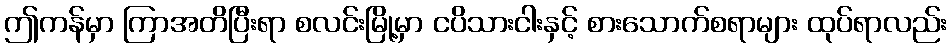
ဤကန်မှာ ကြာအတိပြီးရာ စလင်းမြို့မှာ ငပိသားငါးနှင့် စားသောက်စရာများ ထုပ်ရာလည်း